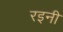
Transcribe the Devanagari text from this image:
रइनी